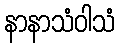
နာနာသံဝါသံ